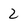
Character: 2